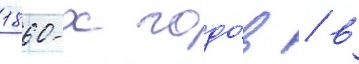
1860-х годо́в / в